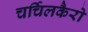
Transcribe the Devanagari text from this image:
चर्चिलकैरो